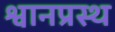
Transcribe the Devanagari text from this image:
श्वानप्रस्थ